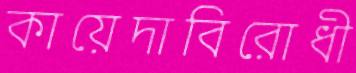
কায়েদাবিরোধী